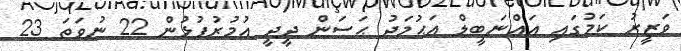
ވަޒީރު ކަމުގައި އައްނަބީލް އަޙުމަދު ޙަސަން ދީދީ އުމުރުފުޅުން 22 ނުވަތަ 23